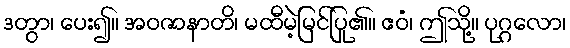
ဒတွာ၊ ပေး၍။ အဝဇာနာတိ၊ မထီမဲ့မြင်ပြု၏။ ဧဝံ၊ ဤသို့။ ပုဂ္ဂလော၊